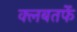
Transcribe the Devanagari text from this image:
क्लबतर्फे